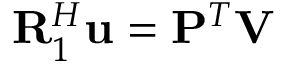
\mathbf { R } _ { 1 } ^ { H } \mathbf { u } = \mathbf { P } ^ { T } \mathbf { V }